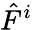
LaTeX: {\hat{F}}^{i}